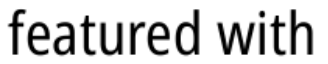
featured with